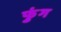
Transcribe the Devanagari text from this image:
फुंग